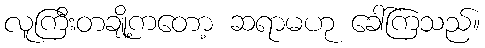
လူကြီးတချို့ကတော့ ဆရာမဟု ခေါ်ကြသည်။